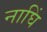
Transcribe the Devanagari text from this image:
नाघिं